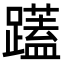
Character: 𮜝